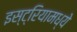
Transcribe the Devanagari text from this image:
इस्ट्रियामध्ये